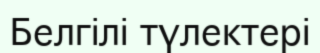
Белгілі түлектері